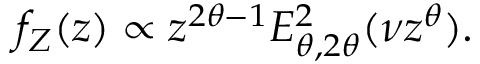
f _ { Z } ( z ) \propto z ^ { 2 \theta - 1 } E _ { \theta , 2 \theta } ^ { 2 } ( \nu z ^ { \theta } ) .